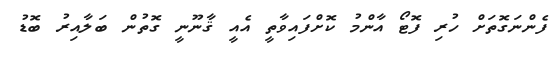
ފެންނަގޮތަށް ހުރި ފޮޓޯ އާންމު ކޮށްފައިވާތީ އެއީ ޤާނޫނީ ގޮތުން ބަލާއިރު ބޮޑު